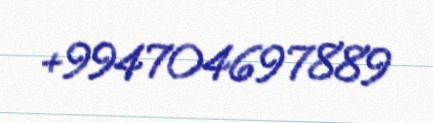
+994704697889